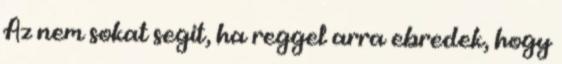
Az nem sokat segit, ha reggel arra ebredek, hogy